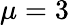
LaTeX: \mu=3